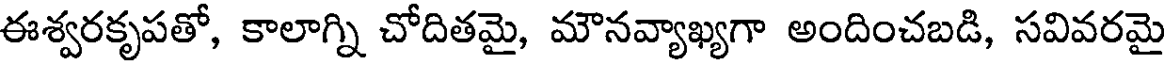
ఈశ్వరకృపతో, కాలాగ్ని చోదితమై, మౌనవ్యాఖ్యగా అందించబడి, సవివరమై